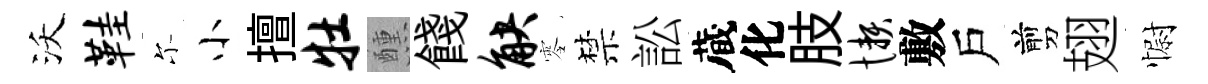
沃鞋尓小擅牡醺餞觖零禁訟蔵化肢懒敷戶剪翅𢠢